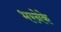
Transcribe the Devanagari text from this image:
भरनेके